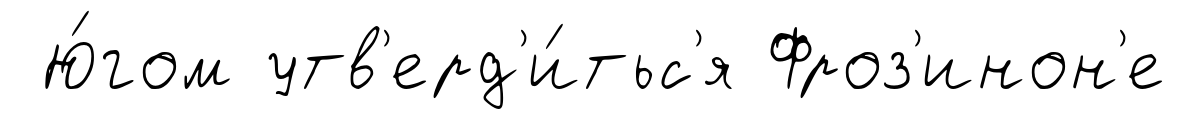
Ю́гом утв'ерд'и́тьс'я Фроз'инон'е